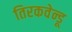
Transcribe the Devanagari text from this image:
तिरकवेन्डू